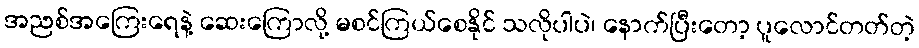
အညစ်အကြေးရေနဲ့ ဆေးကြောလို့ မစင်ကြယ်စေနိုင် သလိုပါပဲ၊ နောက်ပြီးတော့ ပူလောင်တတ်တဲ့